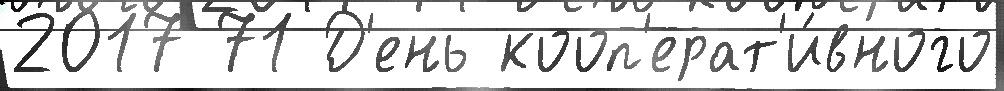
2017 71 Д'ень кооп'ерат'и́вного